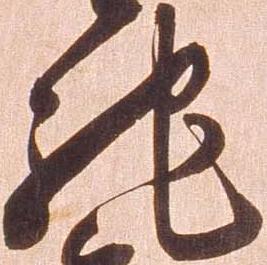
馳